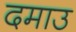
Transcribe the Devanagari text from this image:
दमाउ